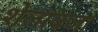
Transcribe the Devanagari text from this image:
शेलावजा